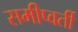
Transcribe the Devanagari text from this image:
समीप्वर्ती